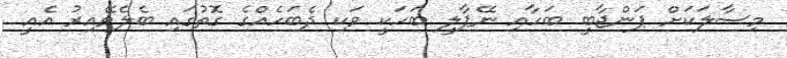
މިސާލަކަށް ޕަންޖާބީ ބަހާއި ނޭޕާލީ ބަހަކީ ވަކި ދެބަހެއްގެ ގޮތުގައި ބެލެވޭއިރު އެއީ